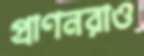
প্রাণনরাও